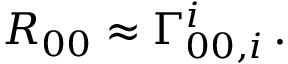
R _ { 0 0 } \approx \Gamma _ { 0 0 , i } ^ { i } \, .